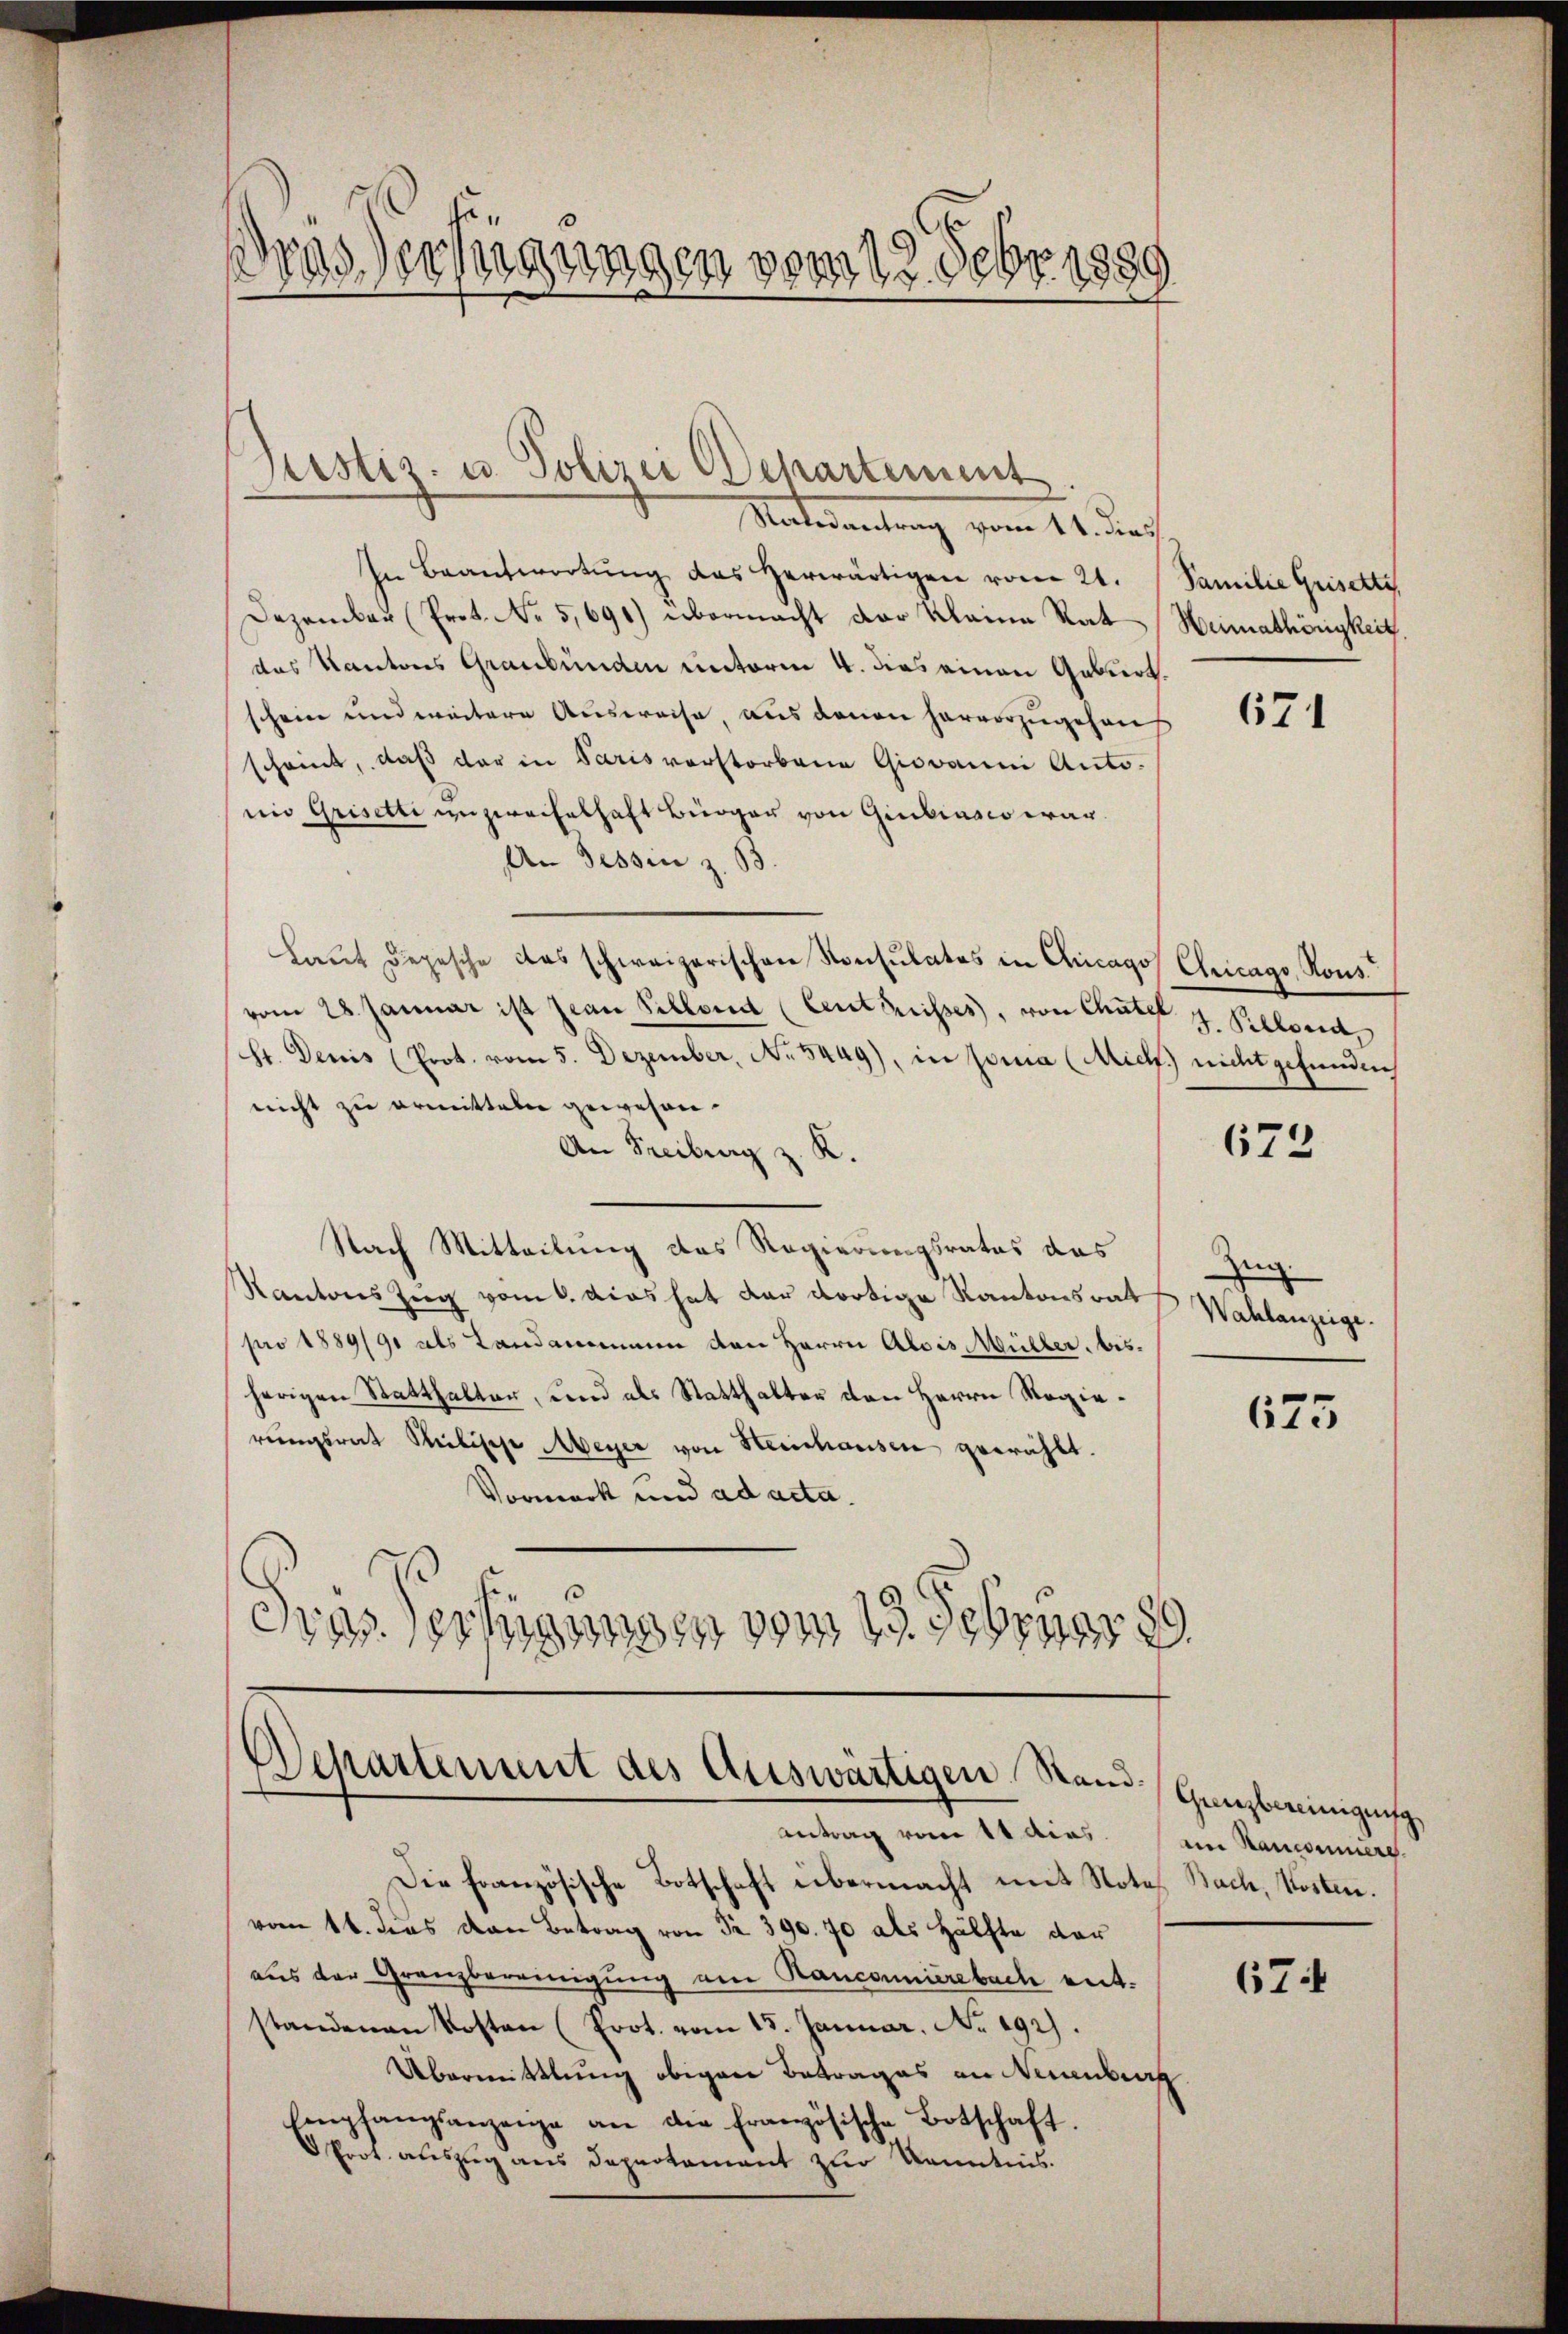
s
das Verfügungen vom 18. Febr. 1889

Justiz- u. Polizei Departement

Naterantrag vom 11. dach
In Beantwortŭng des herwärtigen vom 21. Familie Grisetti.
Dezember (Prot. No 5,691) übermacht der Kleine Rat Heimathöngkeit.
das Kantons Graubünden unterm 4. dies einen Gebiert.
schein und weitere Ausweise, aus denen hervorzugehen
scheint, daß der in Paris verstorbene Giovanni Antonio Grisetti unzweifelhaft Bürger von Giubiasco war.
An Tessin z. B.
Laŭt Depesche das schweizerischen Konsulates in Chicago Chicago Rons.
vom 28. Januar ist Jean Pillend (Centrisses, von Chatel z. Pillond,
Sr. Denis (Prot. vom 5. Dezember, No 5449), in Jona (Mich nicht gefunden
nicht zu ermitteln gewesen.
An Freiburg z. K.
Nach Mitteilung das Regierungsrates das
Kantons Zug vom 6. Das hat der dortige Kantonsrat
pro 1889/91 als Landammann den Herrn Alois Müller, bisherigen Statthalten, und als Statthalter den Herrn Regierungsrat Stilische Meyer von Heinhausen gewählt.
Vormerk und ad acta.
Gras Verfügungen vom 19. Februar 189

Die französische Botschaft übermacht mit Notel Bach, Kosten.
vom 16. dies von Betrag von § 390. 70 als Hälfte der
aus der Granzbereinigung am Ranconnierebach entstandenen Kosten (Prot. vom 15. Januar, No. 192).
Übermittlung obigen Betrages an Neuenburg
Empfangsanzeige an die französische Botschaft.
 Prot. auszug aus Departament zur Kenntnis.

Departenmit des Auswärtigen. Stand.
Antrag vom 14 dies im Kantoniere

671

672

Zug.
Wahlanzeige.

625

Gerzbereinigung,

674